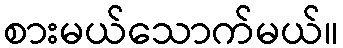
စားမယ်သောက်မယ်။